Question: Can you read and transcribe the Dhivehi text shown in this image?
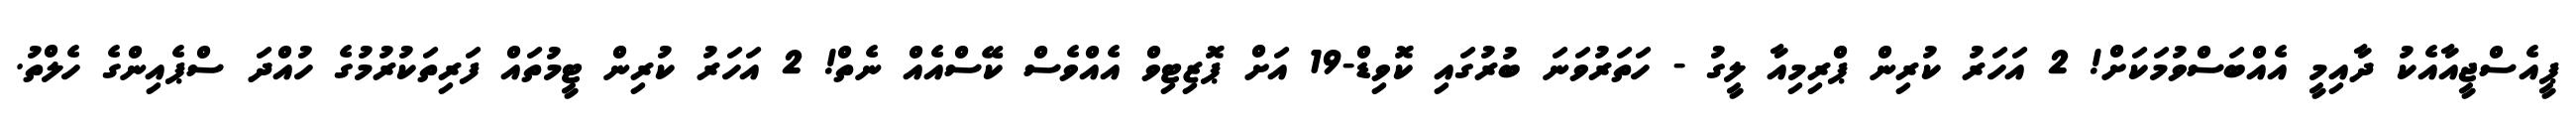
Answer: ޕީއެސްޖީއާއެކު ދާއިމީ އެއްބަސްވުމަކަށް! 2 އަހަރު ކުރިން ޕްރިމިއާ ލީގު - ހަތަރުވަނަ ބުރުގައި ކޮވިޑް-19 އަށް ޕޮޒިޓިވް އެއްވެސް ކޭސްއެއް ނެތް! 2 އަހަރު ކުރިން ޓީމުތައް ފަރިތަކުރުމުގެ ހުއްދަ ސްޕެއިންގެ ހެލްތު.